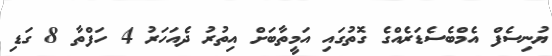
ޔުނިސެފް އެމްބެސެޑަރެއްގެ ގޮތުގައި އަމީތާބަށް އިތުރު ދެއަހަރު 4 ހަފްތާ 8 ގަޑި